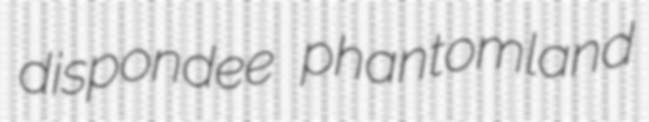
dispondee phantomland